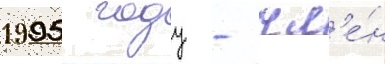
1995 году - чл'е́н